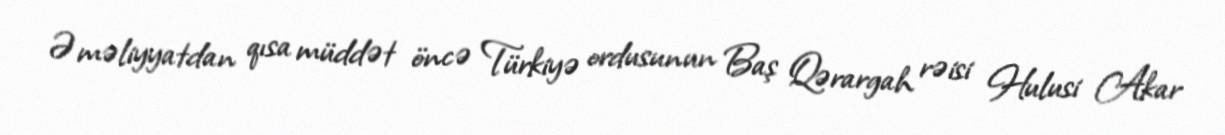
Əməliyyatdan qısa müddət öncə Türkiyə ordusunun Baş Qərargah rəisi Hulusi Akar